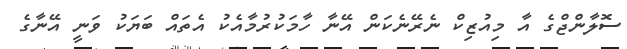
ސޮލާންޖްގެ އާ މިއުޒިކް ނެރޭނެކަން އޭނާ ހާމަކުރުމާއެކު އެތައް ބަޔަކު ވަނީ އޭނާގެ